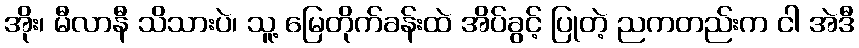
အိုး၊ မီလာနီ သိသားပဲ၊ သူ့ မြေတိုက်ခန်းထဲ အိပ်ခွင့် ပြုတဲ့ ညကတည်းက ငါ အဲဒီ